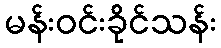
မန်းဝင်းခိုင်သန်း